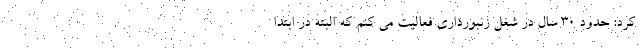
کرد: حدود ۳۰ سال در شغل زنبورداری فعالیت می کنم که البته در ابتدا